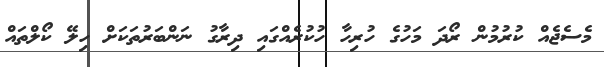
މެސެޖެއް ކުރުމުން ރޯދަ މަހުގެ ހުރިހާ ހުކުރެއްގައި ދިރާގު ނަންބަރުތަކަށް ހިލޭ ކޯލްތައް